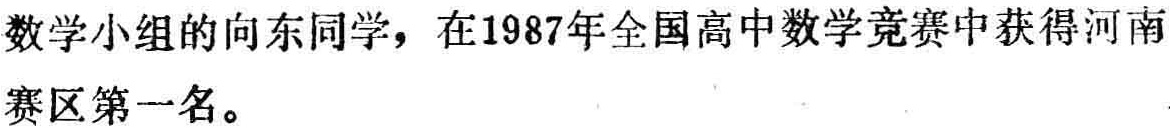
数学小组的向东同学，在1987年全国高中数学竞赛中获得河南赛区第一名。